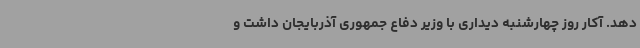
دهد. آکار روز چهارشنبه دیداری با وزیر دفاع جمهوری آذربایجان داشت و